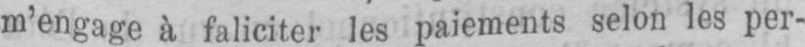
m’engage à faliciter les paiements selon les per-